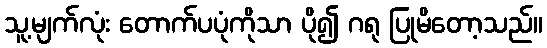
သူ့မျက်လုံး တောက်ပပုံကိုသာ ပို၍ ဂရု ပြုမိတော့သည်။